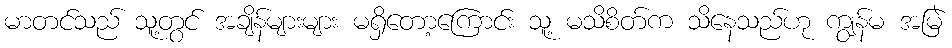
မာတင်သည် သူ့တွင် အချိန်များများ မရှိတော့ကြောင်း သူ့ မသိစိတ်က သိနေသည်ဟု ကျွန်မ အမြဲ